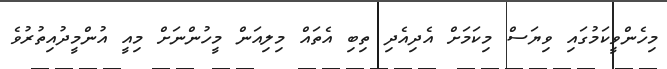
މިހެންވީކަމުގައި ވިޔަސް މިކަމަށް އެދިއެދި ތިބި އެތައް މިލިއަން މީހުންނަށް މިއީ އުންމީދުއިތުރުވެ